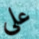
علي